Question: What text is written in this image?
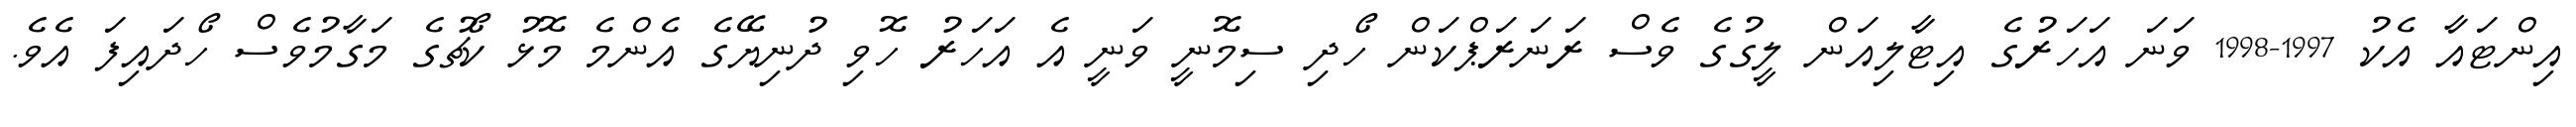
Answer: އިންޓައާ އެކު 1997-1998 ވަނަ އަހަރުގެ އިޓާލިއަން ލީގުގެ ވެސް ރަނަރަޕްކަން ހޯދި ސިމޮނީ ވަނީ އެ އަހަރު ހޮވި ދުނިޔޭގެ އެންމެ މޮޅު ކޯޗުގެ މަގާމުވެސް ހޯދައިފަ އެވެ.